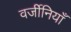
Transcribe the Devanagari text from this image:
वर्जीनियाँ